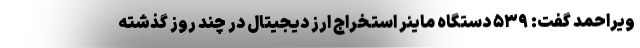
ویراحمد گفت: ۵۳۹ دستگاه ماینر استخراج ارز دیجیتال در چند روز گذشته